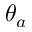
\theta _ { a }